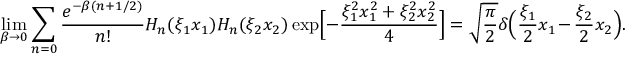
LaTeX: \operatorname * { l i m } _ { \beta \to 0 } \sum _ { n = 0 } \frac { e ^ { - \beta ( n + 1 / 2 ) } } { n ! } H _ { n } ( \xi _ { 1 } x _ { 1 } ) H _ { n } ( \xi _ { 2 } x _ { 2 } ) \exp \Bigl [ - \frac { \xi _ { 1 } ^ { 2 } x _ { 1 } ^ { 2 } + \xi _ { 2 } ^ { 2 } x _ { 2 } ^ { 2 } } { 4 } \Bigr ] = \sqrt { \frac { \pi } { 2 } } \delta \Bigl ( \frac { \xi _ { 1 } } { 2 } x _ { 1 } - \frac { \xi _ { 2 } } { 2 } x _ { 2 } \Bigr ) .